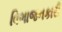
વિભાજનકારી